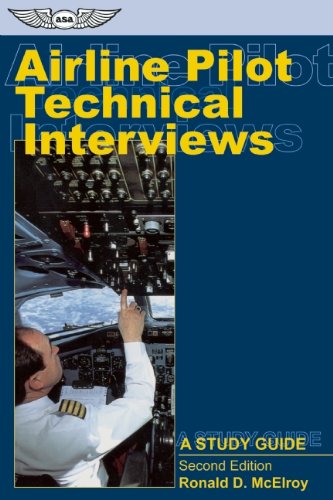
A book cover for Airline Pilot Technical Interviews: A Study Guide (Professional Aviation series); Ronald D. McElroy; Business & Money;